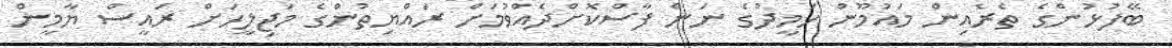
ބޭފުޅުންގެ ތެރެއިން މައުމޫން ހަމީދުގެ ނަން ފާސްކޮށްދެއްވުމަށް ރައްޔިތުންގެ މަޖިލީހަށް ރައީސް ޔާމީން